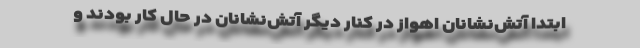
ابتدا آتش‌نشانان اهواز در کنار دیگر آتش‌نشانان در حال کار بودند و